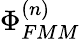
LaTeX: \Phi_{FMM}^{(n)}